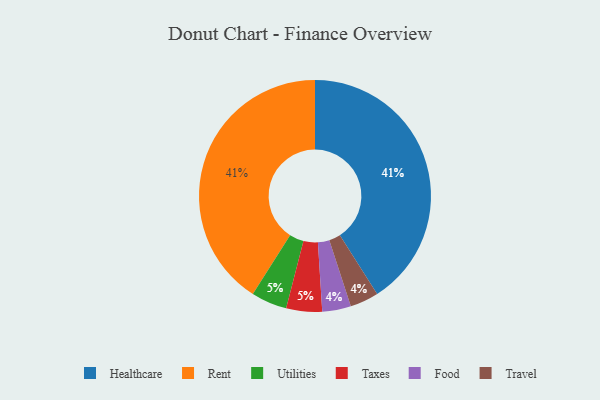
{"axis": {"x": "Category", "y": "Percentage"}, "legend": ["Food", "Healthcare", "Rent", "Taxes", "Travel", "Utilities"], "data": [{"x": "Utilities", "y": 5, "type": "Utilities"}, {"x": "Food", "y": 4, "type": "Food"}, {"x": "Travel", "y": 4, "type": "Travel"}, {"x": "Healthcare", "y": 41, "type": "Healthcare"}, {"x": "Taxes", "y": 5, "type": "Taxes"}, {"x": "Rent", "y": 41, "type": "Rent"}]}